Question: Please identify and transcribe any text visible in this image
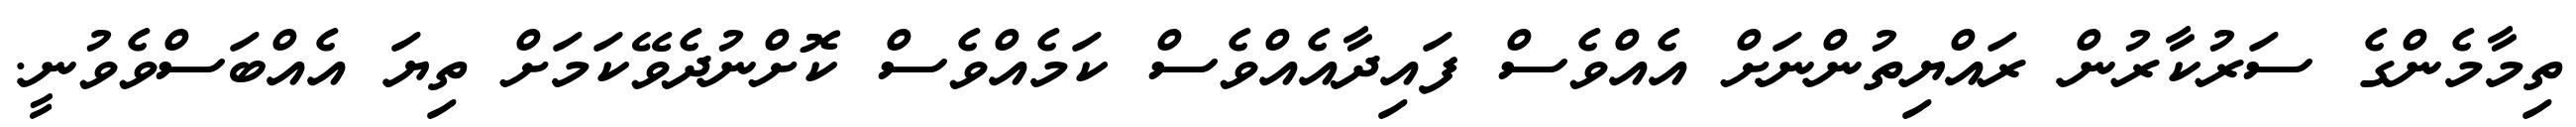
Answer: ތިމާމެންގެ ސަރުކާރުން ރައްޔިތުންނަށް އެއްވެސް ފައިދާއެއްވެސް ކަމެއްވެސް ކޮށްނުދެވޭކަމަށް ތިޔަ އެއްބަސްވެވުނީ.